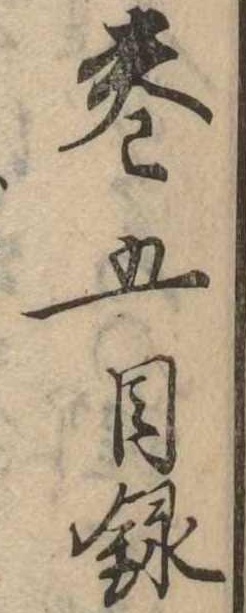
巻五目録